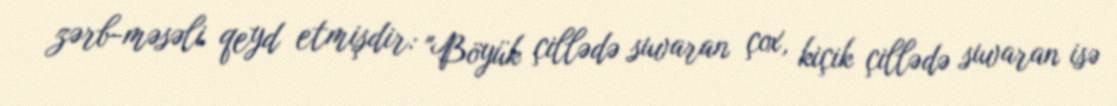
zərb-məsəli qeyd etmişdir: "Böyük çillədə suvaran çox, kiçik çillədə suvaran isə